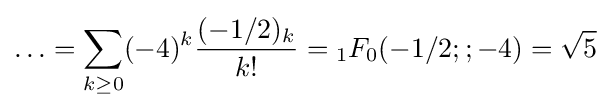
\ldots =\sum _{k\geq 0}(-4)^{k}{\frac {(-1/2)_{k}}{k!}}={}_{1}F_{0}(-1/2;;-4)={\sqrt {5}}